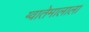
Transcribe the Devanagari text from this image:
ग्वातेमालाला